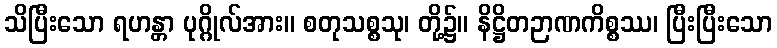
သိပြီးသော ရဟန္တာ ပုဂ္ဂိုလ်အား။ စတုသစ္စသု၊ တို့၌။ နိဋ္ဌိတဉာဏကိစ္စဿ၊ ပြီးပြီးသော